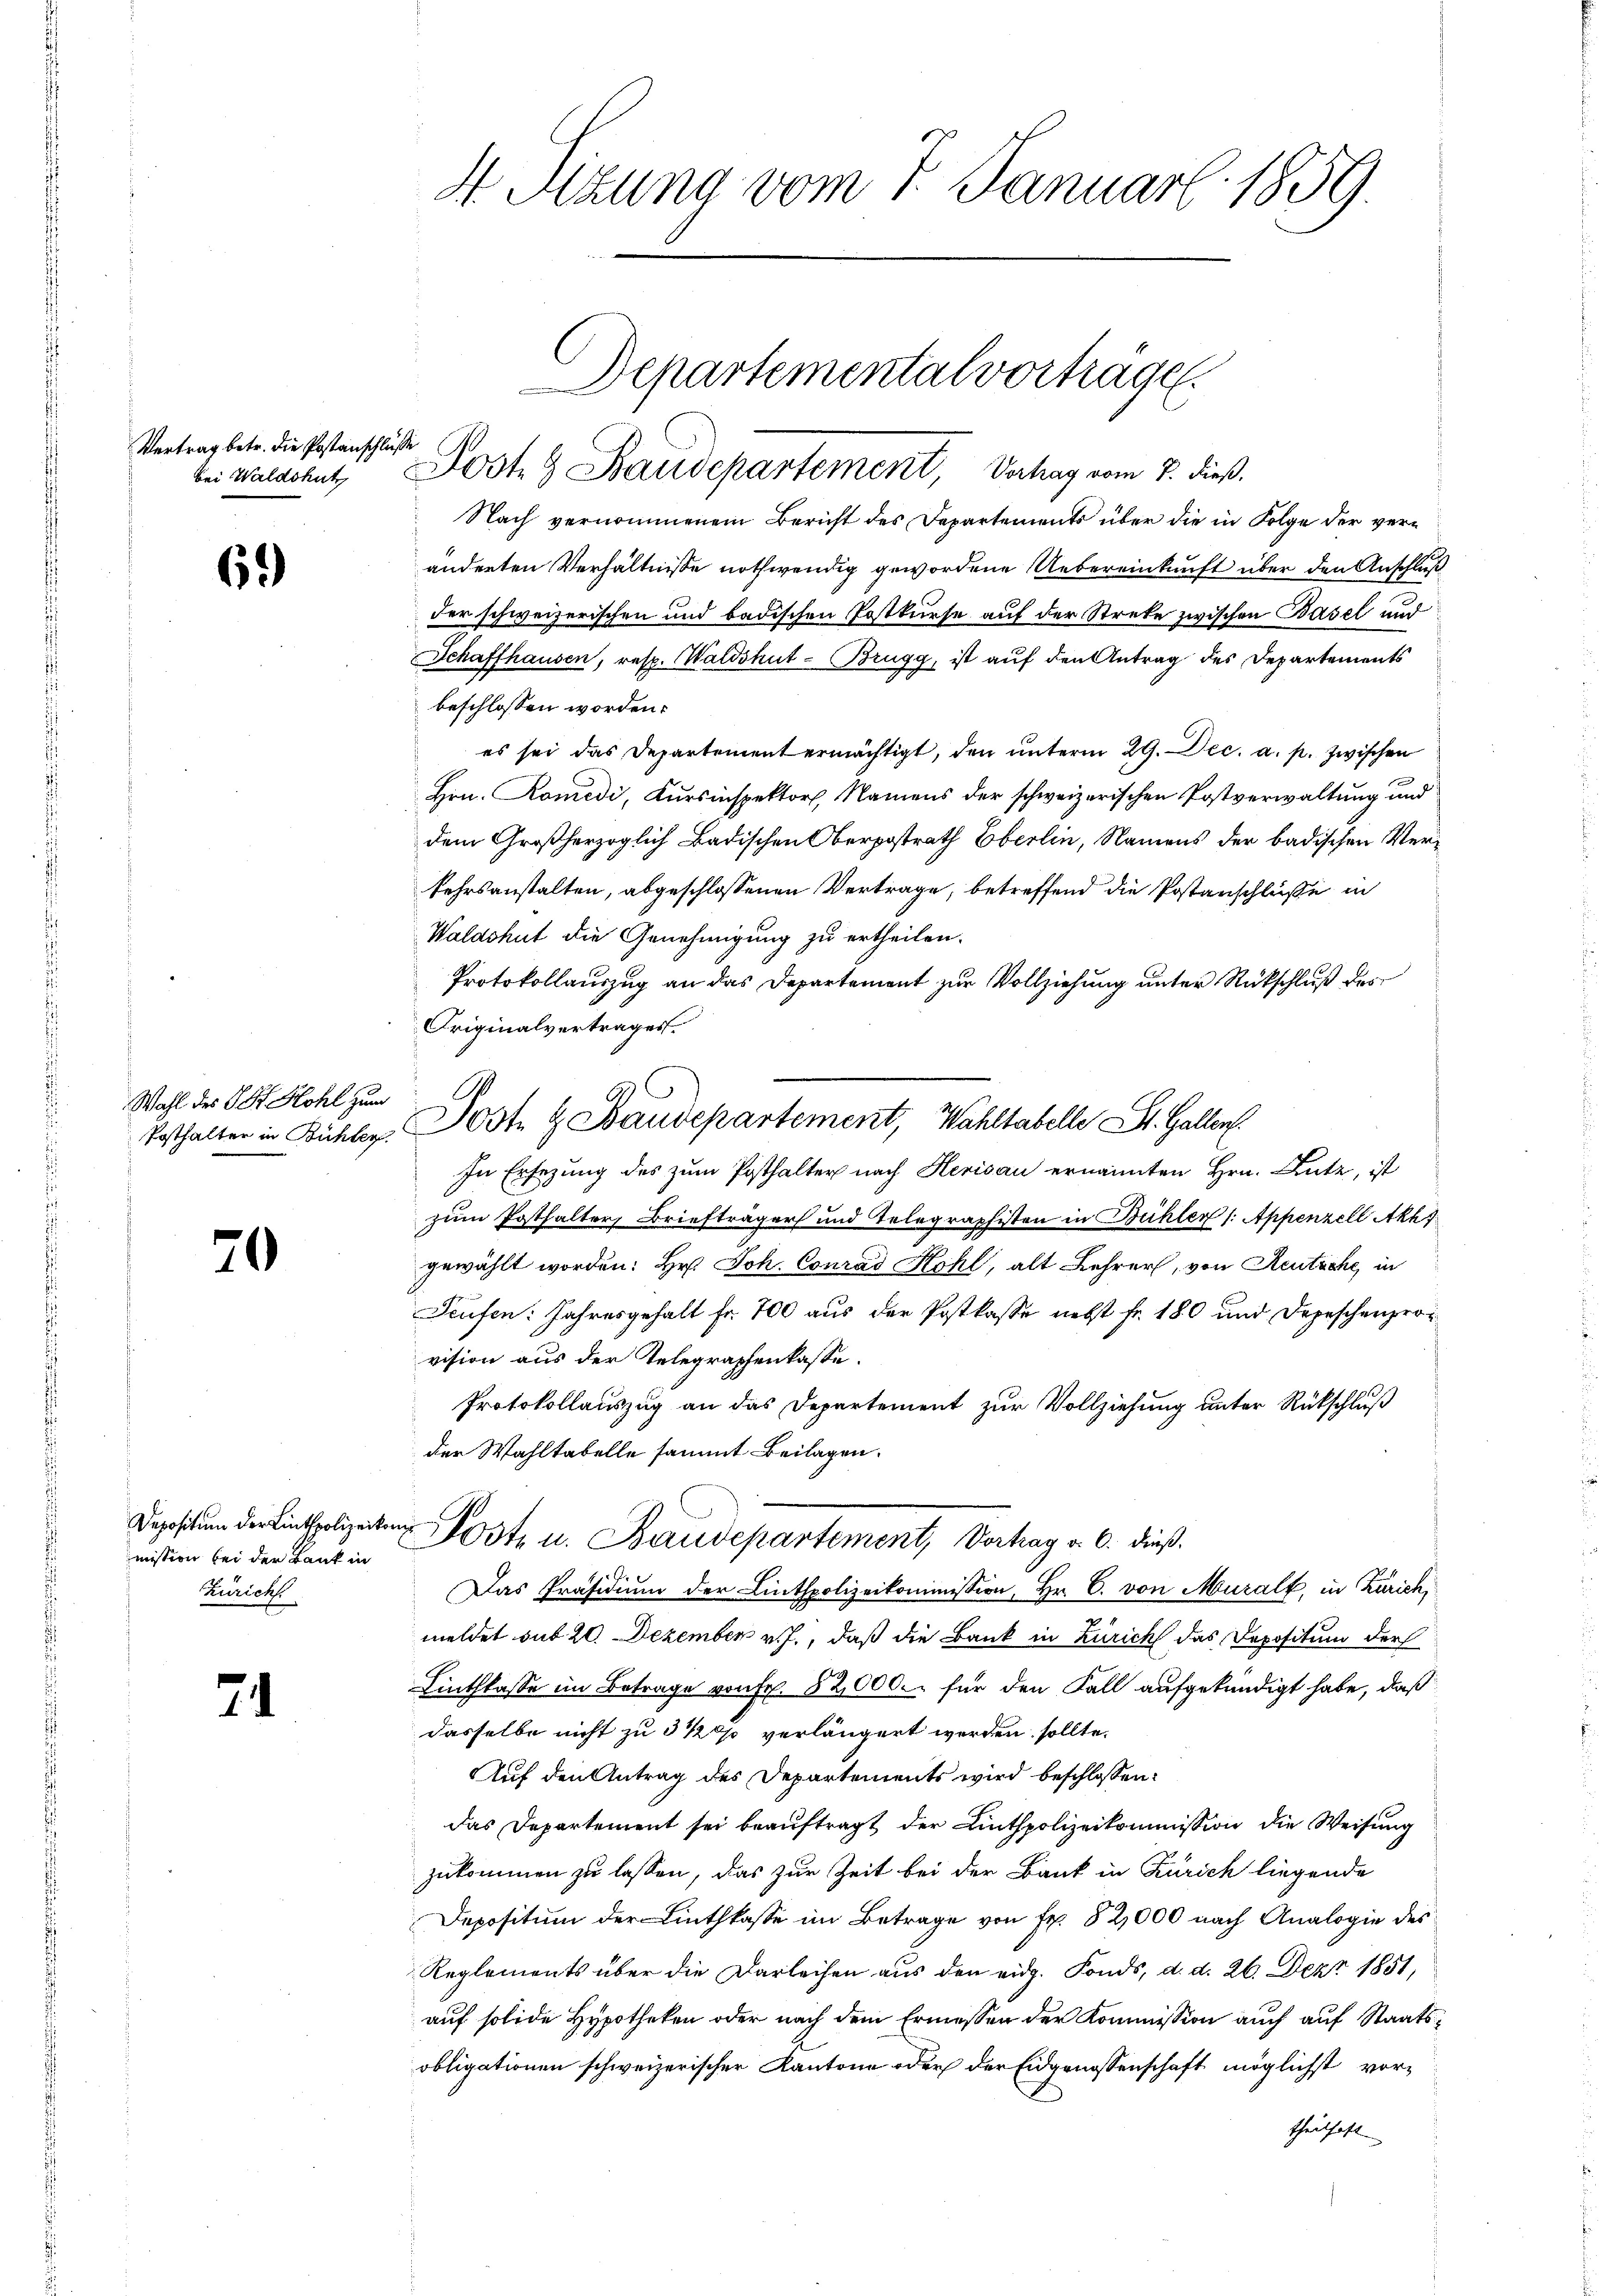
Vertrag betr. die Postanschlüsse
bei Waldshut

6.)

Wahl des L. St. Kohl zum

20

mission bei der Bank in
Zürich.

2

H Sitzung vom 1. Januar 1859.

Departementalvorträge
Josts Baudepartement, Verhag vom 7. dieß.

Nach vernommenem Bericht des Departements über die in Folge der veränderten Verhältnisse nothwendig gewordene Uebereinkunft über den Anschluß
der schweizerischen und badischen Postkurse auf der Streke zwischen Basel und
Schaffhausen, resp. Waldshut - Brugg, ist auf den Antrag des Departements
beschlossen worden.
es sei das Departement ermächtigt, den unterm 29. Dec. a. p. zwischen
Hrn. Komedi, Kursinspektor, Namens der schweizerischen Postverwaltung und
dem Großherzoglich Badischen Oberpostrath Eberlin, Namens der badischen Verkehrsanstalten, abgeschlossenen Vertrage, betreffend die Postanschlüße in
Waldshut die Genehmigung zu ertheilen.
Protokollauszug an das Departement zur Vollziehung unter Rückschluß des
Originalvertrages.
In Ersezung des zum Posthalter nach Herisau ernannten Hrn. Lutz, ist
zum Posthalter, Briefträger und Telegraphisten in Bühler (: Appenzell Akh
gewählt worden: Hr. Joh. Conrad Kohl, alt Lehrer, von Reutäche, in
Teufen: Jahresgehalt fr. 700 aus der Postkasse nebst fr. 180 und Depeschenprovision aus der Telegraphenkasse.
Protokollauszug an das Departement zur Vollziehung unter Rückschluß
der Wahltabelle sammt Beilagen.
Depositum der Linthpolizeiten Poste u. Baudepartement, Vortrag v. 6. dieß
Das Präsidium der Linthpolizeikommission, Hr. C. von Muralt, in Zürich,
meldet mit 20. Dezember v. J., daß die Bank in Zürich das Depositum der
Linthlasse im Betrage von Fr. 82,000. für den Fall aufgekündigt habe, daß
dasselbe nicht zu 3 1/2% verlängert werden sollte.
Auf den Antrag des Departements wird beschlossen:
das Departement sei beauftragt der Linthpolizeikommission die Weisung
zukommen zu lassen, das zur Zeit bei der Bank in Zürich liegende
Depositum der Linthkasse im Betrage von Fr. 82,000 nach Analogie des
Reglements über die Darleihen aus den eidg. Fonds, d. d. 26. Dez. 1851,
auf solide Hypotheken oder nach dem Ermessen der Kommission auch auf Staatsobligationen schweizerischer Kantone oder der Eidgenossenschaft möglichst vortheilhaft

Posthalter in Bühler Jost & Baudepartement, Wahltabelle St. Gallen